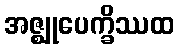
အဇ္ဈုပေက္ခိဿထ